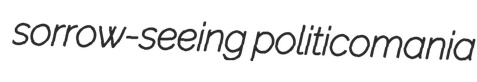
sorrow-seeing politicomania